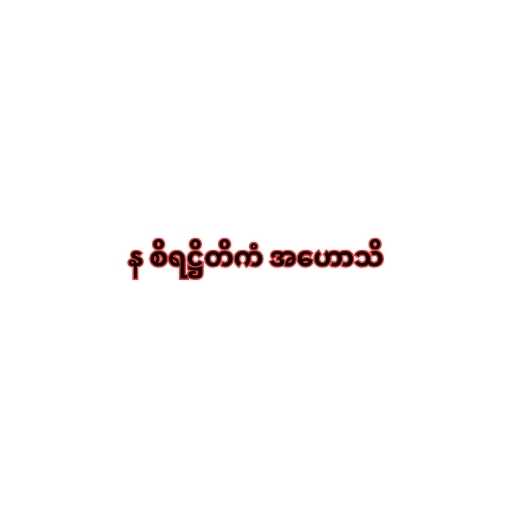
န စိရဋ္ဌိတိကံ အဟောသိ